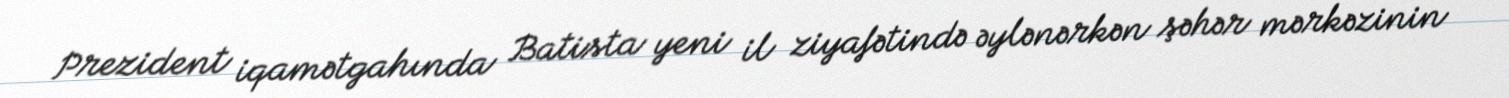
Prezident iqamətgahında Batista yeni il ziyafətində əylənərkən şəhər mərkəzinin